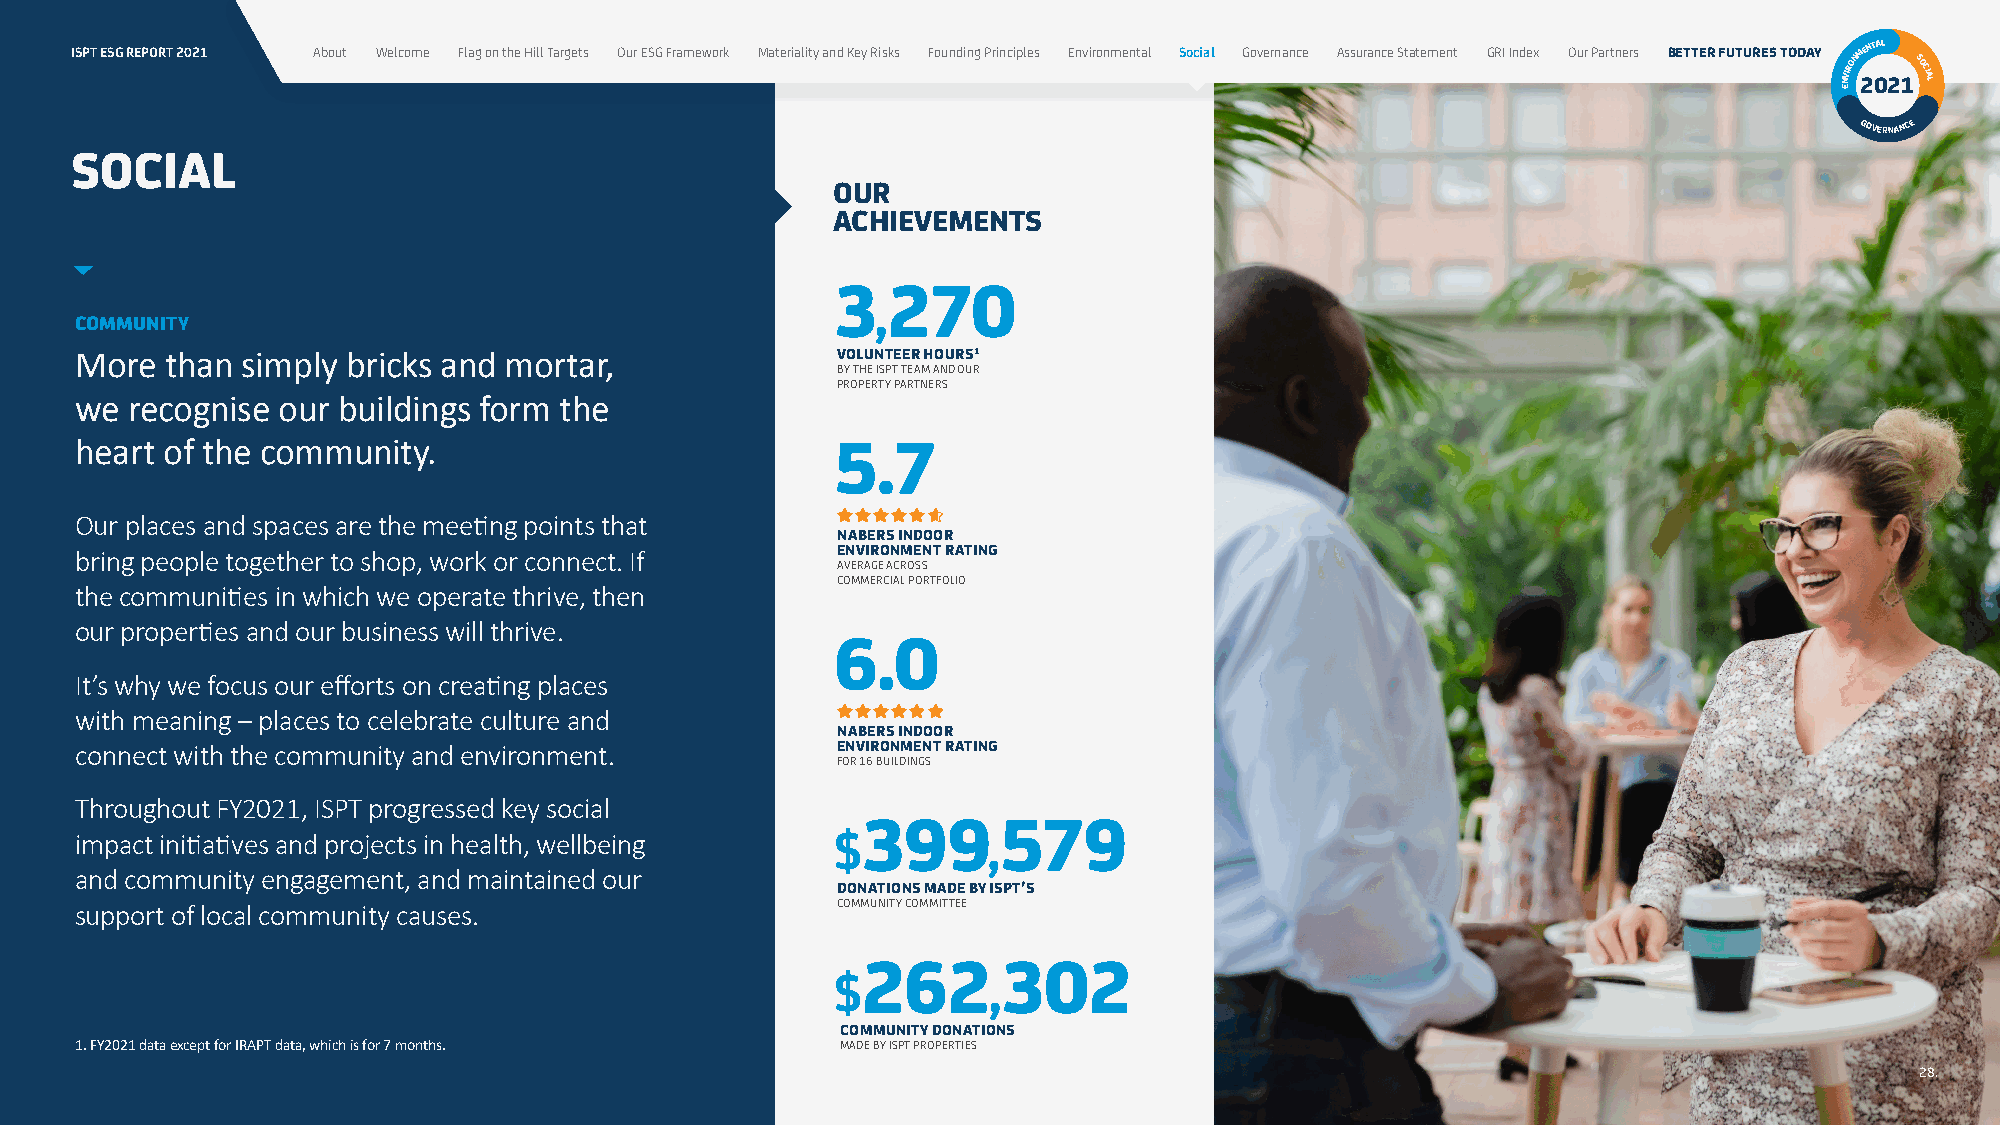
ISPT ESG REPORT 2021 About Welcome Flag on the Hill Targets Our ESG Framework Materiality and Key Risks Founding Principles Environmental Social Governance Assurance Statement GRI Index Our Partners BETTER FUTURES TODAY NVIRONM 2ENT 0AL
 21SOCIAL
 E
 GOVERNANCE
 SOCIAL
 OUR
 ACHIEVEMENTS
 3   270
 ,
 COMMUNITY
 More  than simply bricks and mortar,              VOLUNTEER HOURS 1
 BY THE ISPT TEAM AND OUR
 PROPERTY PARTNERS
 we recognise our buildings form the
 heart of the community.                           5.7
 Our places and spaces are the meeting points that
 NABERS INDOOR
 bring people together to shop, work or connect. If ENVIRONMENT RATING
 AVERAGE ACROSS
 COMMERCIAL PORTFOLIO
 the communities in which we operate thrive, then
 our properties and our business will thrive.
 6.0
 It’s why we focus our efforts on creating places
 with meaning – places to celebrate culture and
 NABERS INDOOR
 connect with the community and environment.       ENVIRONMENT RATING
 FOR 16 BUILDINGS
 Throughout FY2021, ISPT progressed key social
 399      579
 impact initiatives and projects in health, wellbeing $      ,
 and community engagement, and maintained our
 DONATIONS MADE BY ISPT’S
 support of local community causes.                COMMUNITY COMMITTEE
 262      302
 $         ,
 COMMUNITY DONATIONS
 1. FY2021 data except for IRAPT data, which is for 7 months. MADE BY ISPT PROPERTIES
 28.